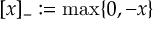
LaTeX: [ x ] _ { - } : = \operatorname* { m a x } \{ 0 , - x \}